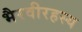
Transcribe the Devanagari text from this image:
भैरवीरहस्य